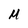
Character: M